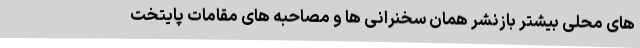
های محلی بیشتر بازنشر همان سخنرانی ها و مصاحبه های مقامات پایتخت